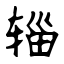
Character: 辎